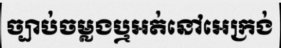
ច្បាប់ចម្លងឬអត់នៅអេក្រង់